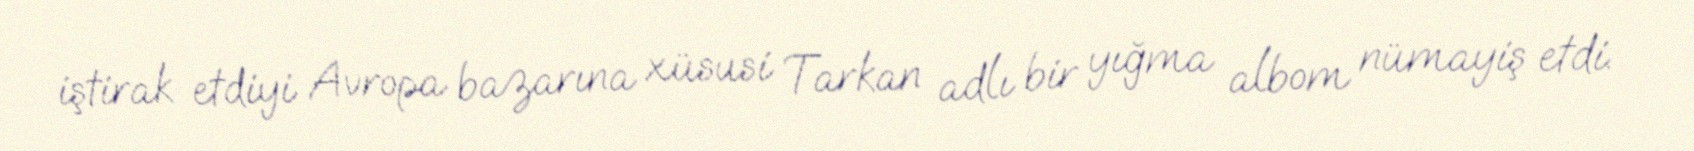
iştirak etdiyi Avropa bazarına xüsusi Tarkan adlı bir yığma albom nümayiş etdi.